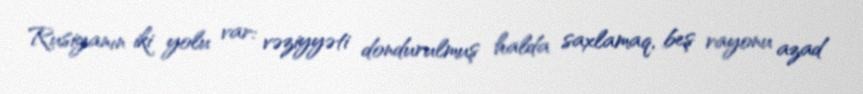
Rusiyanın iki yolu var: vəziyyəti dondurulmuş halda saxlamaq, beş rayonu azad